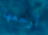
أرجعها